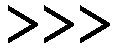
>>>